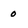
Character: 0